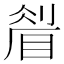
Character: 𥇮